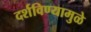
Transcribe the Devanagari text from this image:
दर्शविण्यामुळे